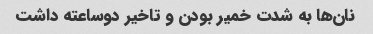
نان‌ها به شدت خمیر بودن و تاخیر دوساعته داشت